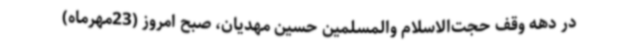
در دهه وقف حجت‌الاسلام‌ والمسلمین حسین مهدیان، صبح امروز (23مهرماه)